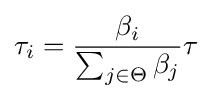
\tau _{i}={\frac {\beta _{i}}{\sum _{j\in \Theta }\beta _{j}}}\tau